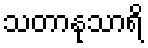
သတာနုသာရိ